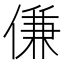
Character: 傔